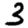
Digit: 3